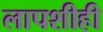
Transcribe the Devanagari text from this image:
लापशीही